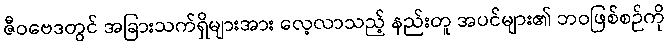
ဇီဝဗေဒတွင် အခြားသက်ရှိများအား လေ့လာသည့် နည်းတူ အပင်များ၏ ဘဝဖြစ်စဉ်ကို